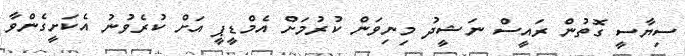
ސިޔާސީ ގޮތުން ރައީސް ނަޝީދު މިނިވަން ކުރުމަށް އެމްޑީޕީ އަށް ކުރެވުނު އެކަށީގެންވާ